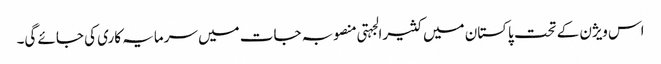
اس ویژن کے تحت پاکستان میں کثیرالجہتی منصوبہ جات میں سرمایہ کاری کی جائے گی۔